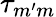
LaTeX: \tau_{m^{\prime}m}